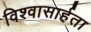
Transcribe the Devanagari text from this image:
विश्‍वासार्हता